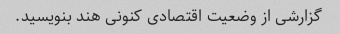
گزارشی از وضعیت اقتصادی کنونی هند بنویسید.